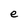
Character: e